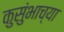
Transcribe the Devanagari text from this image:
कुसुंभाच्या